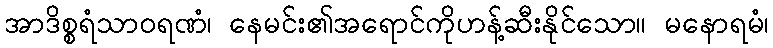
အာဒိစ္စရံသာဝရဏံ၊ နေမင်း၏အရောင်ကိုဟန့်ဆီးနိုင်သော။ မနောရမံ၊